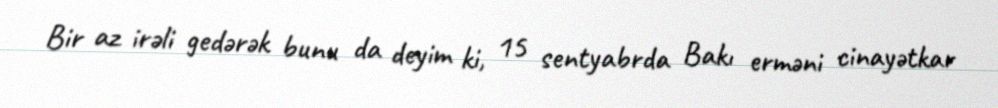
Bir az irəli gedərək bunu da deyim ki, 15 sentyabrda Bakı erməni cinayətkar